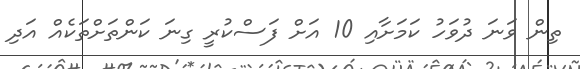
ތިން ވަނަ ދުވަހު ކަމަށާއި 10 އަށް ފަސްކުރީ ގިނަ ކަންތަށްތަކެއް އަދި